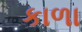
કાળા